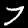
Label: 7